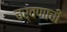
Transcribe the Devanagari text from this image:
चर्वणाची